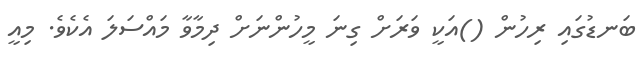
ބަނޑުގައި ރިހުން ()އަކީ ވަރަށް ގިނަ މީހުންނަށް ދިމާވާ މައްސަލަ އެކެވެ. މިއީ